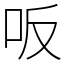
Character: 𠯘